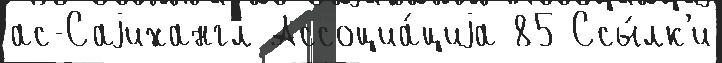
ас-Саjихангл Ассоциа́циjа 85 Ссы́лк'и